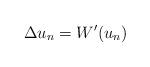
LaTeX: \begin{align*}\Delta u_n =W'(u_n) \end{align*}